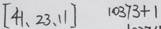
[ 4 1 、 2 3 、 1 1 ] 1 0 3 7 3 + 1